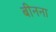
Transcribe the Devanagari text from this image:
बीनना